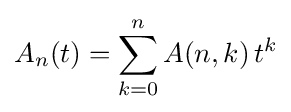
A_{n}(t)=\sum _{k=0}^{n}A(n,k)\,t^{k}